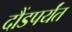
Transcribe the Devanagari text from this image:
दौंडपर्यंत